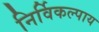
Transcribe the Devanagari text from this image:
निर्विकल्पाय